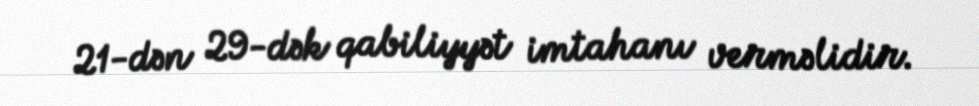
21-dən 29-dək qabiliyyət imtahanı verməlidir.